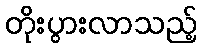
တိုးပွားလာသည့်